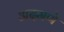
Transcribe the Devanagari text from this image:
अदमणे